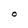
Character: O